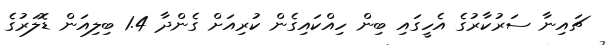
ޗައިނާ ސަރުކާރުގެ އެހީގައި ބިން ހިއްކައިގެން ކުރިއަށް ގެންދާ 1.4 ބިލިއަން ޑޮލަރުގެ